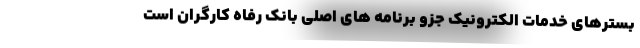
بسترهای خدمات الکترونیک جزو برنامه های اصلی بانک رفاه کارگران است